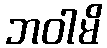
ဘဝါမိ